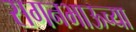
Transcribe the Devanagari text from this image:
सगनभाऊच्या